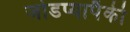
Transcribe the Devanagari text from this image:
जोडप्यापैकी